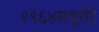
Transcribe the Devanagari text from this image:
१९६४मध्यी